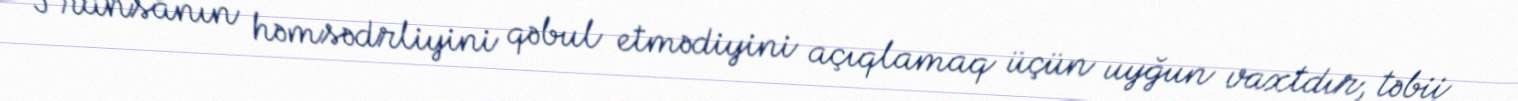
Fransanın həmsədrliyini qəbul etmədiyini açıqlamaq üçün uyğun vaxtdır, təbii